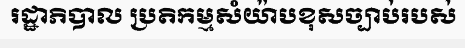
រដ្ឋាភិបាល ប្រតិកម្មសំយ៉ាបខុសច្បាប់របស់